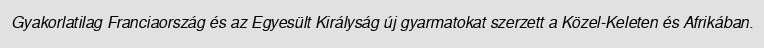
Gyakorlatilag Franciaország és az Egyesült Királyság új gyarmatokat szerzett a Közel-Keleten és Afrikában.